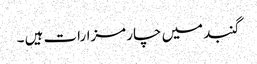
گنبد میں چار مزارات ہیں ۔